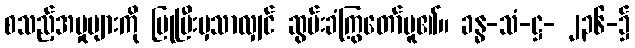
စသည့်အမှုများကို ပြုပြီးမှသာလျှင် ဆွမ်းခံကြွတော်မူ၏။ ခန္ဓ-သံ-ဋ္ဌ- ၂၃၆-၌